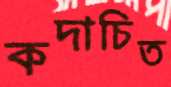
কদাচিত